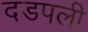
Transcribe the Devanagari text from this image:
दडपली